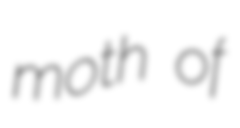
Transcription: moth of